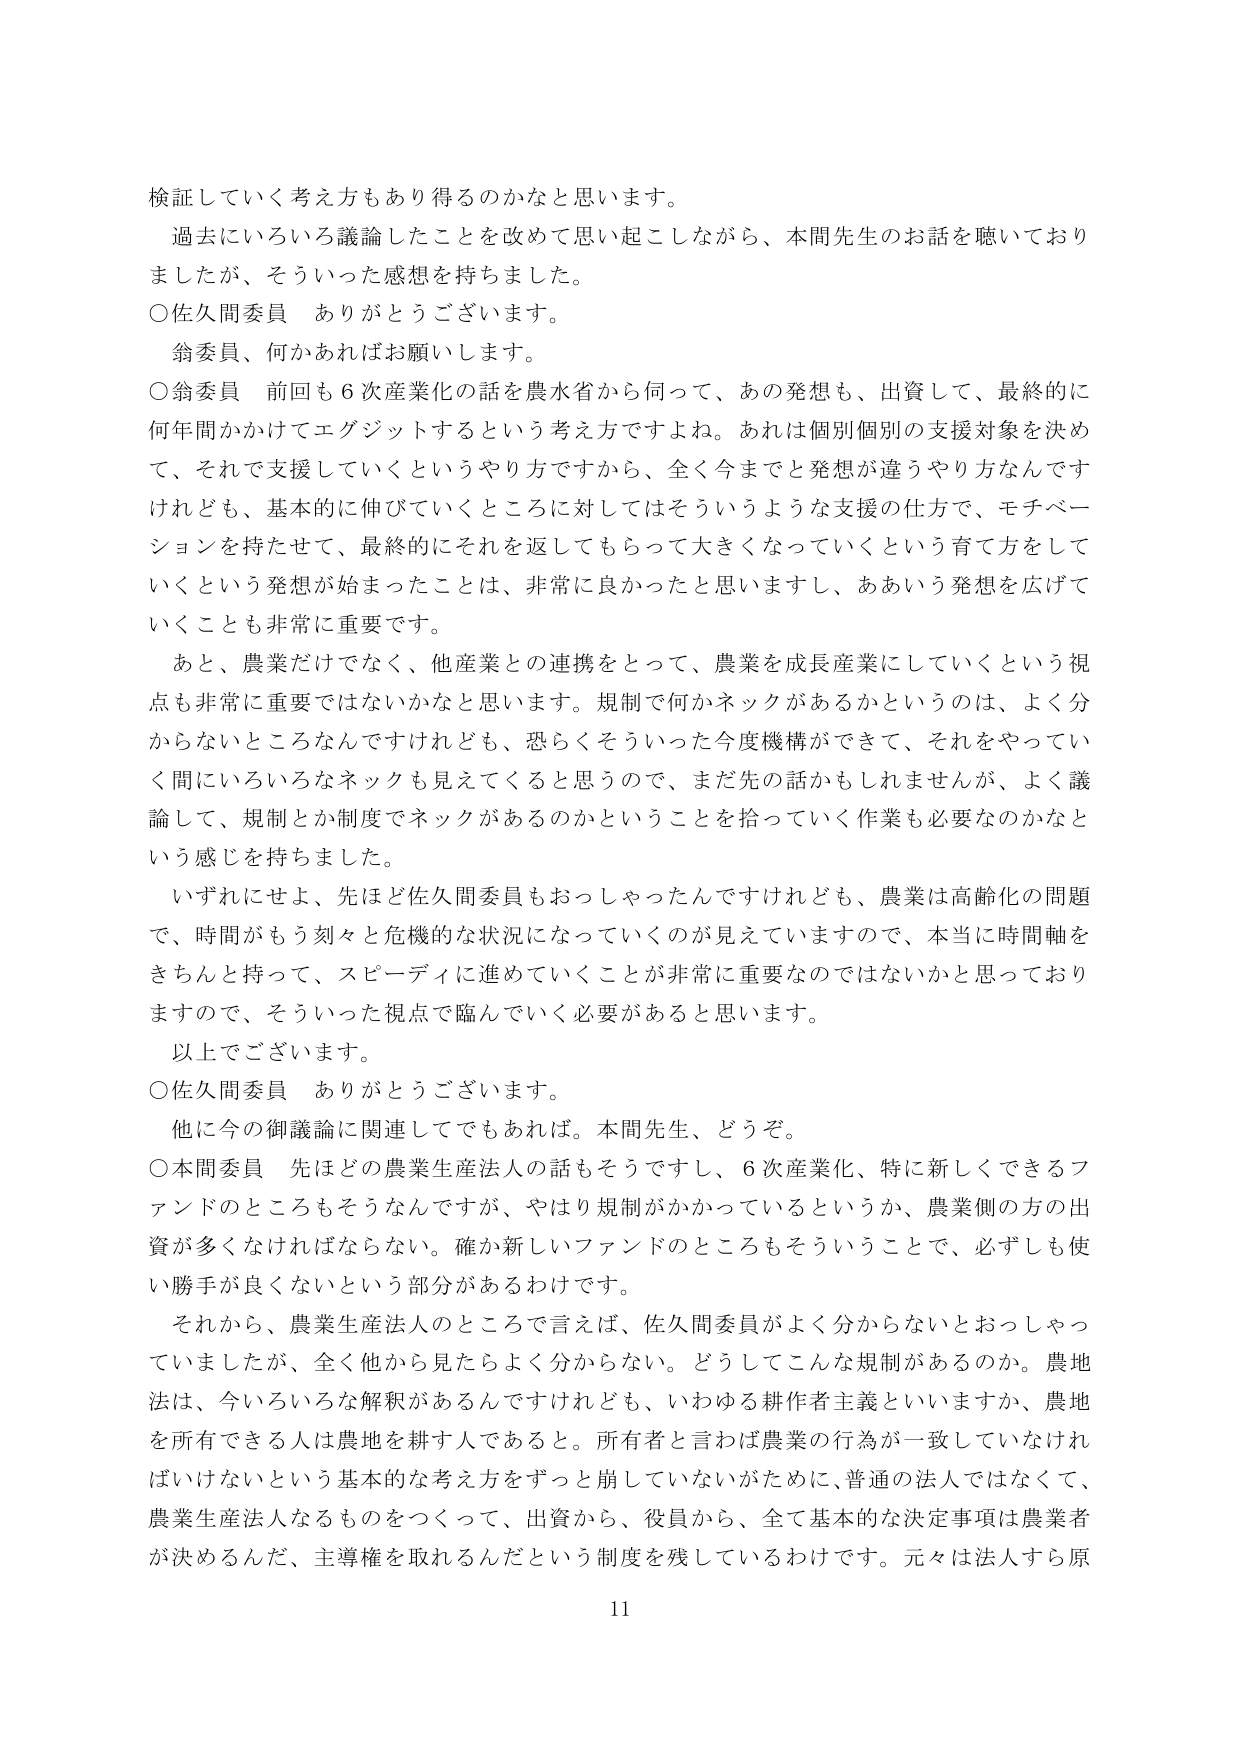
検証していく考え方もあり得るのかなと思います。
過去にいろいろ議論したことを改めて思い起こしながら、本間先生のお話を聴いており
ましたが、そういった感想を持ちました。
○佐久間委員　ありがとうございます。
翁委員、何かあればお願いします。
○翁委員　前回も６次産業化の話を農水省から何って、あの発想も、出資して、最終的に
何年間かかけてエグジットするという考え方ですよね。あれは個別個別の支援対象を決め
て、それで支援していくというやり方ですから、全く今までと発想が違うやり方なんです
けれども、基本的に伸びていくところに対してはそういうような支援の仕方で、モチベー
ションを持たせて、最終的にそれを返してもらって大きくなっていくという育て方をして
いくという発想が始まったことは、非常に良かったと思いますし、ああいう発想を広げて
いくことも非常に重要です。
あと、農業だけでなく、他産業との連携をとって、農業を成長産業にしていくという視
点も非常に重要ではないかなと思います。規制で何かネックがあるかというのは、よく分
からないところなんですけれども、恐らくそういった今度機構ができて、それをやってい
く間にいろいろなネックも見えてくると思うので、まだ先の話かもしれませんが、よく議
論して、規制とか制度でネックがあるのかということを拾っていく作業も必要なのかなと
いう感じを持ちました。
いずれにせよ、先ほど佐久間委員もおっしゃったんですけども、農業は高齢化の問題
で、時間がもう刻々と危機的な状況になっていくのが見えていますので、本当に時間軸を
きちんと持って、スピーディに進めていくことが非常に重要なのではないかと思っており
ますので、そういった視点で臨んでいく必要があると思います。
以上でございます。
○佐久間委員　ありがとうございます。
他に今の御議論に関連してでもあれば。本間先生、どうぞ。
○本間委員　先ほどの農業生産法人の話もそうですし、６次産業化、特に新しくできるフ
ァンドのところもそうなんですが、やはり規制がかかっているというか、農業側の方の出
資が多くなければならない。確か新しいファンドのところもそういうことで、必ずしも使
い勝手が良くないという部分があるわけです。
それから、農業生産法人のところで言えば、佐久間委員がよく分からないとおっしゃっ
ていましたが、全く他から見たらよく分からない。どうしてこんな規制があるのか。農地
法は、今いろいろな解釈があるんですけれども、いわゆる耕作者主義といいますか、農地
を所有できる人は農地を耕す人であると。所有者と言えば農業の行為が一致していなけれ
ばいけないという基本的な考え方をずっと崩していないがために、普通の法人ではなくて、
農業生産法人なるものを作ってきて、出資から、役員から、全て基本的な決定事項は農業者
が決めるんだ、主導権を取れるんだという制度を残しているわけです。元々は法人すら原
11